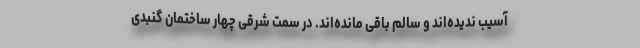
آسیب ندیده‌اند و سالم باقی مانده‌اند. در سمت شرقی چهار ساختمان گنبدی